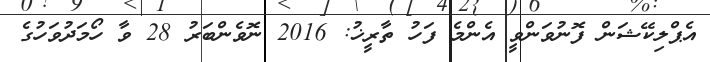
އެޕްލިކޭޝަން ފޮނުވަންވީ އެންމެ ފަހު ތާރީޚު: 2016 ނޮވެންބަރު 28 ވާ ހޯމަދުވަހުގެ